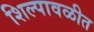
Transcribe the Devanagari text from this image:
शिल्पावळीत